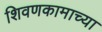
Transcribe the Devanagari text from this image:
शिवणकामाच्या